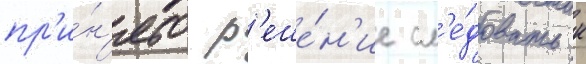
пр'и́н'ято р'еше́н'ие сл'е́довать к